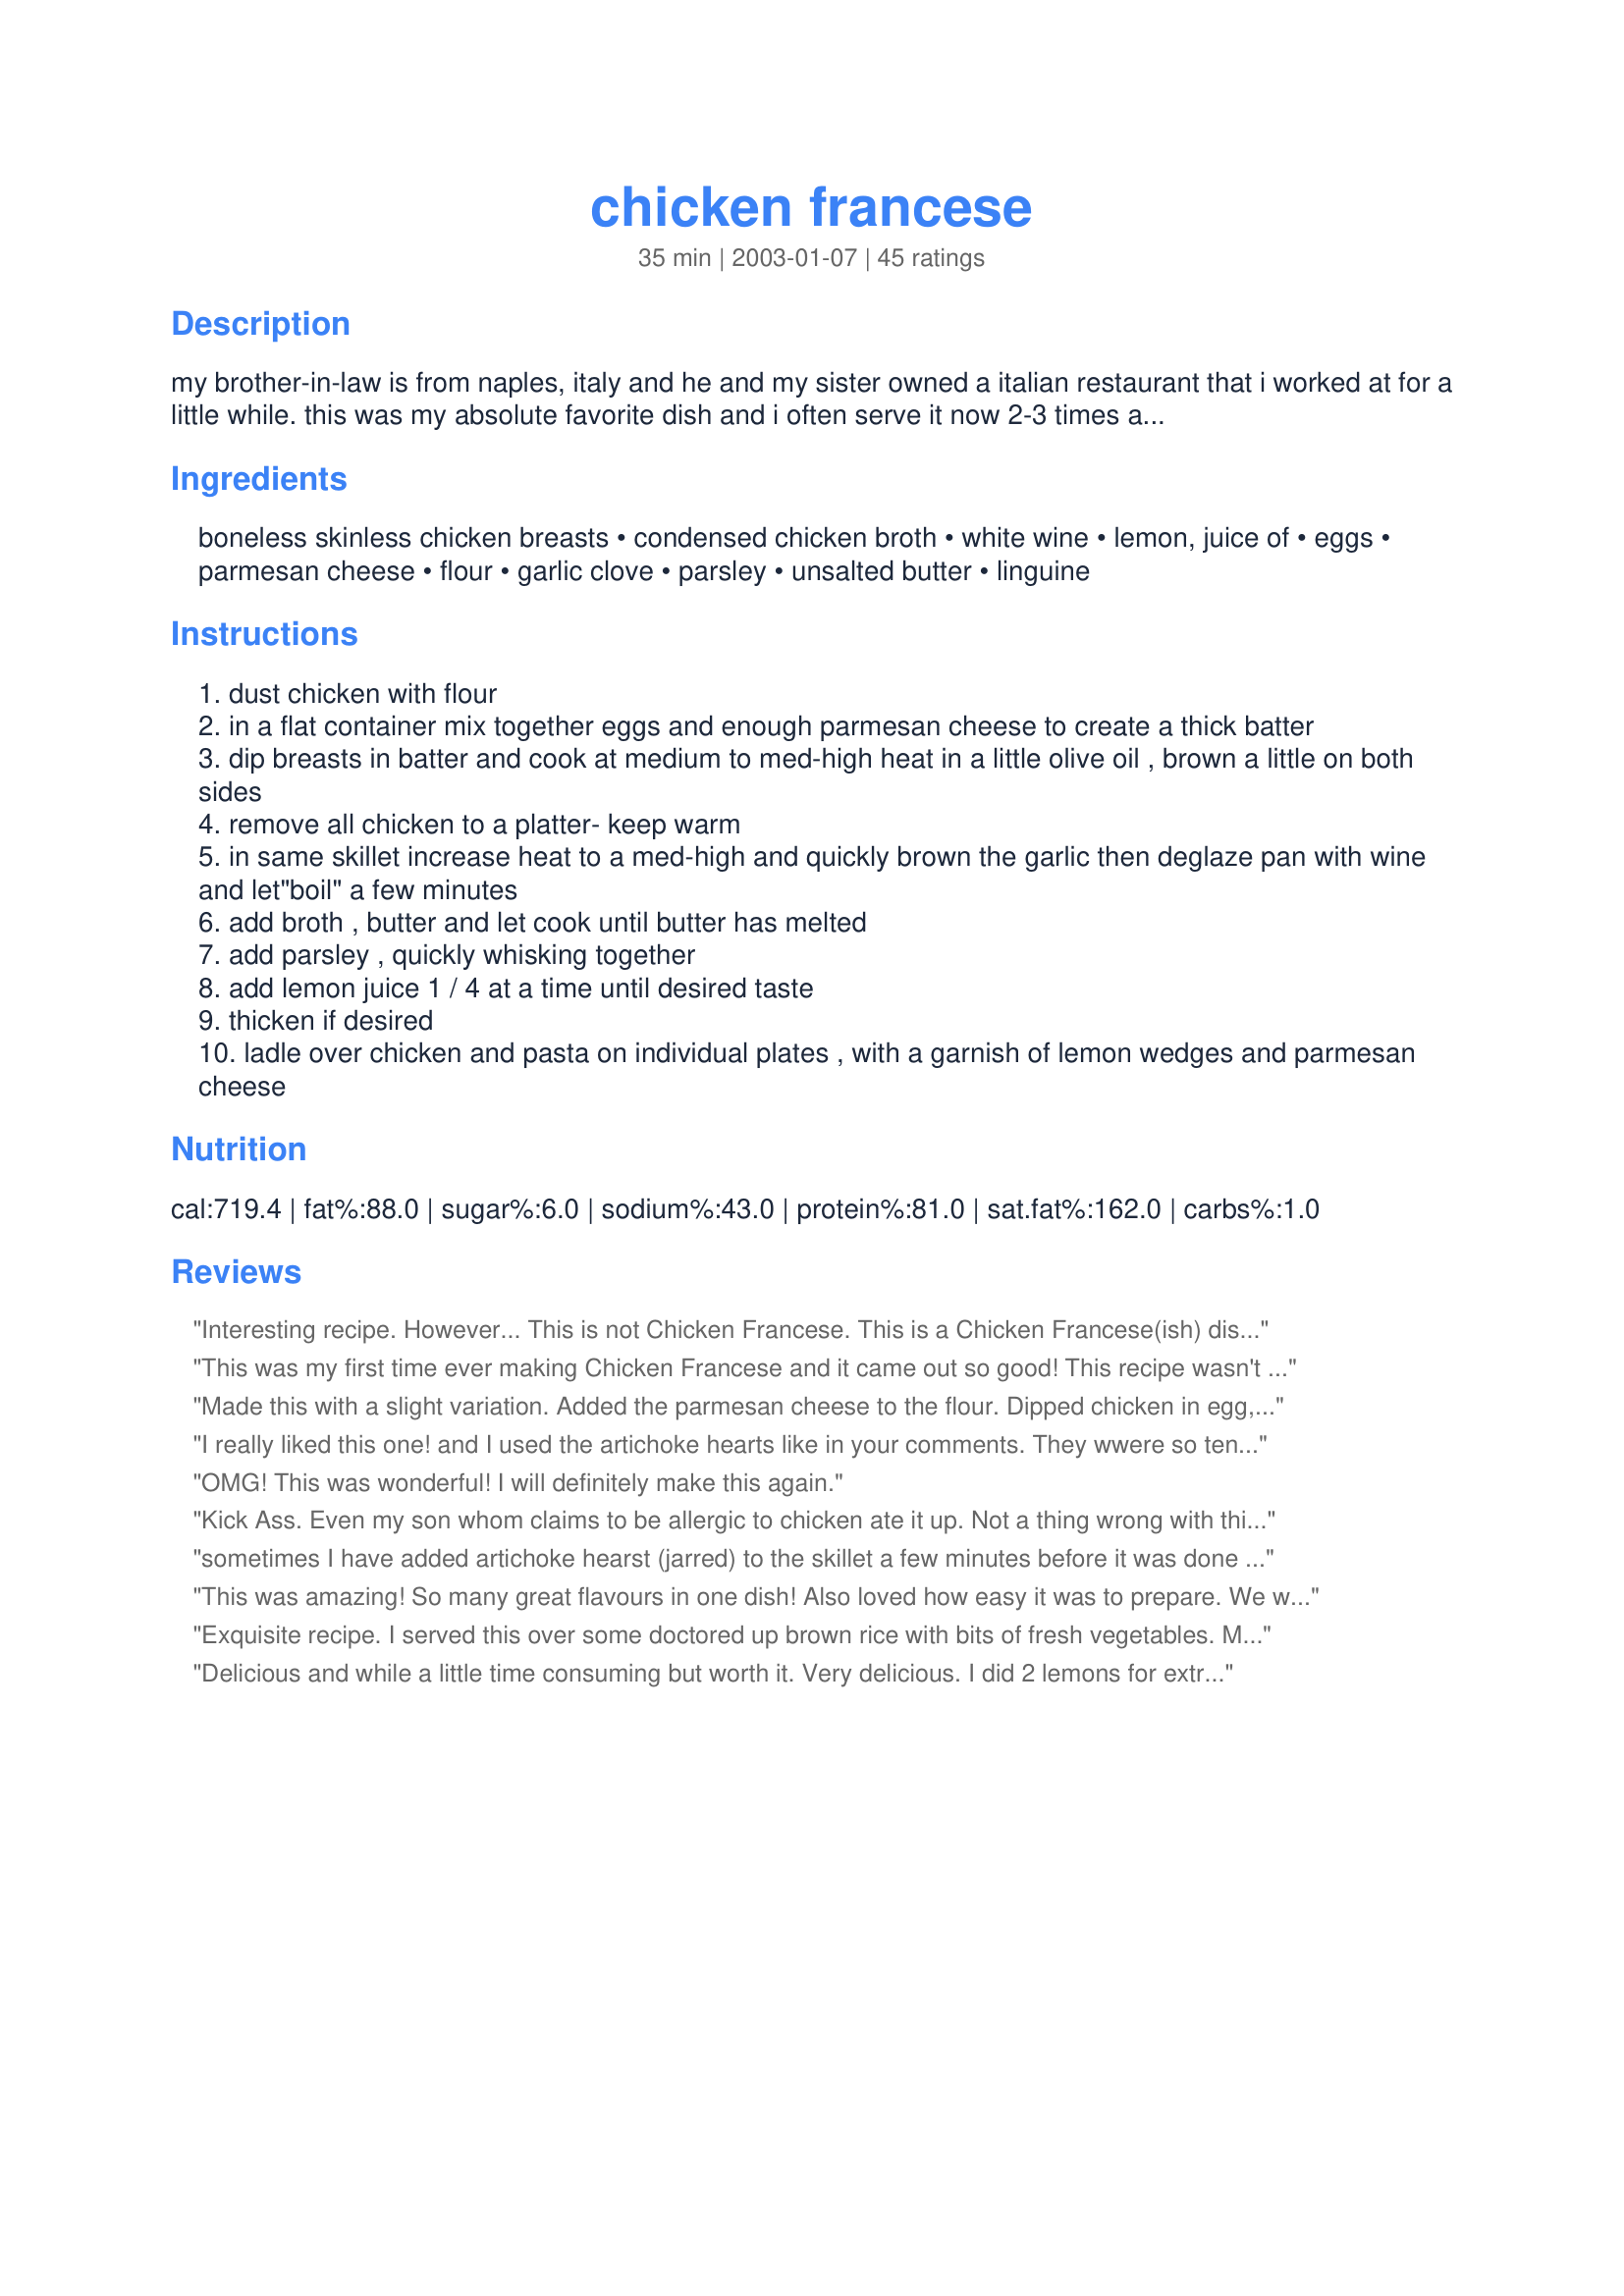
chicken francese
Preparation time: 35 minutes

my brother-in-law is from naples, italy and he and my sister owned a italian restaurant that i worked at for a little while. this was my absolute favorite dish and i often serve it now 2-3 times a month. sometimes i add artichoke hearts. when i add the artichoke hearts i use a can of quartered artichokes and drain off the brine and add at the end just long enough to heat through!

Ingredients:
boneless skinless chicken breasts, condensed chicken broth, white wine, lemon, juice of, eggs, parmesan cheese, flour, garlic clove, parsley, unsalted butter, linguine

Steps:
dust chicken with flour
in a flat container mix together eggs and enough parmesan cheese to create a thick batter
dip breasts in batter and cook at medium to med-high heat in a little olive oil , brown a little on both sides
remove all chicken to a platter- keep warm
in same skillet increase heat to a med-high and quickly brown the garlic then deglaze pan with wine and let"boil" a few minutes
add broth , butter and let cook until butter has melted
add parsley , quickly whisking together
add lemon juice 1 / 4 at a time until desired taste
thicken if desired
ladle over chicken and pasta on individual plates , with a garnish of lemon wedges and parmesan cheese

Reviews:
Interesting recipe. However... This is not Chicken Francese. This is a Chicken Francese(ish) dish. I am Italian, and my husband owned several excellent Itslian restaurants in NYC. There is no garlic or cheese in Chicken Francese. Caution on browning your garlic, as it takes on a bitter flavor when browned..better to cook it just until you can smell the perfume, then immediately add your liquids. Butter should be incorporated at the very end, so as not to split the sauce.
This was my first time ever making Chicken Francese and it came out so good! This recipe wasn't hard and yet it came out like a restaurant quality dish. I can't wait to make this again. I did thicken it up with some corn starch because my DH likes a thicker sauce. It was perfect. Thank you!
Made this with a slight variation. Added the parmesan cheese to the flour. Dipped chicken in egg, then flour/cheese mixture. Very tender. After liquids cooked, I added chicken back to pan with liquid and simmered for 5 mins while waiting for pasta to cook.
I really liked this one! and I used the artichoke hearts like in your comments. They wwere so tender! I did add extra garlic- loved the extra flavor it added. Didn't have any linguini but used vermicelli- still great though. Will have again, thanks for the recipe! Next time I might add some capers and have it in the true chicken picatta style.
OMG! This was wonderful! I will definitely make this again.
Kick Ass. Even my son whom claims to be allergic to chicken ate it up. Not a thing wrong with this recipe. Thanks!
sometimes I have added artichoke hearst (jarred) to the skillet a few minutes before it was done and MMM so good.
This was amazing! So many great flavours in one dish! Also loved how easy it was to prepare. We will definitely be having this again soon!
Exquisite recipe. I served this over some doctored up brown rice with bits of fresh vegetables. My DH and DS want me to make this " Chicky Franky " ( my DH can't pronounce it, so this is what he calls it now )at least twice a week. I wish I could give it far more than 5 stars, it's that pleasing. Thank you for sharing.
Delicious and while a little time consuming but worth it. Very delicious. I did 2 lemons for extra lemonyness :) and loved it. My young son and husband were happy as well.
Very good. Made this for a party of 25 people... Made ahead and just reheated (covered) in the oven. Added sliced lonins between layers of chicken and it looked beautiful. Tasted great. I did cut the butter to about half, still wonderful flavor. Will make again for company and family dinner!
Overall this has the potential to be a really good recipe but I found too many things wrong. Too much butter; the wine, lemon and parsley are an after taste. The butter is just too overpowering for my taste and heart. I would also just dust the chicken with flour rather than using a parmesan batter.
Delicious!!! Everyone loved it! So easy and deliccious will be making this again and again!
I love Chicken francese and this recipe is easy to make. It tasted as god as a restaurant.
This is a great recipe, I was worried it was going to be eggy but it's not. Very good and easy to make.
Wow! This was terrific. I did cut down on the butter by half, and it was still wonderful.
I used to get this dish from a restaurant in Manhattan. The place closed down and I was never able to find it with the same quality as I was used to. I just made this and it was incredible! I left out the garlic, and it was still fantastic.
Excellent recipe! Easy (or it will be after the first time when I'm not trotting back and forth to the PC for directions) great tasting and quick. DH doesn't care for anything lemon but loved this. Made extra sauce as per other reviewers and was glad I did. Made Kittencals parmesan Orzo. Great pairing. Thanks so much for posting.
This was so easy to make and delicious. I forgot to dust the chicken with flour, but it was still very good. I also added fresh mushrooms, which I loved. All you need is good crusty italian bread or baguette, to soak up the sauce.
This is a "Knock Your Socks Off" kind of recipe that is company worthy all the way! We really enjoyed this! I have added this recipe to my "Make For Company" folder, so I can impress the pants off my guests at my next dinner party!
This is quite possibly THE BEST THING I have ever made! Excellent!!! I did add some flower to thicken up the sauce a bit, but other than that changed nothing! I will never order this dish at a restaurant again since I can make it better at home!
What I love about Recipezaar is you can stumble on some really great recipes; this being one! I used pre-sliced chicken fillets. I followed the directions exactly “except” I forgot the butter in the sauce; didn’t really miss it and my arteries are thanking me. My husband wants me to add this to our regular recipe rotation!
A very tasty recipe if a little involved. Surprisingly light tasting for the amount of butter used. Also the recipe didn't state the amount of parsley or whether it should be fresh or dried. Will definitely make again.
I made this a while back and it was very good. I think I would make more sauce next time but the egg batter was just like an italian restaurant and the sauce was so yummy!
Very good. Don't tell my cardiologist how much butter it had in it, LOL! Will make again. I did thicken the sauce but, dang it forgot the mushrooms........
I made this for a party on New Year's Eve and it was a HUGE hit! This is an awesome recipe!
This was delicious. We had it with a box of Stir Fried Rice a Roni on the side. The rice together with the chicken and the sauce is heaven.
I made penne and doubled the recipe for sauce. I had 3 chicken cutlets that I sliced in t 3 pieces by removing the tenderloin first. It was delish !
Loved this and it is as good as a restaurant! Def. need to add a bit of flour to thicken the sauce.
This is fabulous! It is very much like my recipe, but I liked the flavor of the added garlic and the extra sauce that this makes. Served it with escarole and a side of linguine with garlic and oil. Next time, I will try adding the artichoke hearts. Wonderful meal! Thank you so much, Shawn.
My fave meal at Italian restaurants and this is the perfect recipe, could never get a nice batter when I tried to make before but the addition of the cheese to the egg is the secret, added some capers as I'm a caper addict. My DH loved it said better than any restaurant version - will be my next dinner party meal so easy to make. I just ate it with steamed broccoli as trying to limit the carbs and was lovely simple meal
Excellent, Excellent. I often tri-cut chicken because some folks don't like the thicker cuts. This recipe can feed alot with two chicken breast like this and the overall taste is absolutely incredible with the thinner cut or without it. I now get a request weekly from my picky wife for this amazing dish. Made as is and bless your heart Paula Deen would love you for that stick of butter. Please never stop posting, thanks a million.
It was a big hit in my family!! It was very delicious!! I did add a little bit of tapioca flour to thicken.
This was a pretty tasty recipe. I did have to make a couple of changes though. I had to substitute red wine for white, and I was out of parsley. 
I think this recipe is a keeper!

My family loved this! Next time I will add mushrooms. Thanks for a great recipe
I had this is a very nice Italian restaurant and I loved it so much that I had to come home and look for a good recipe. This was it! Tastes just like it! The restaurant thickened it just a little (it wasn't transparent), so I did too, with just 1 tsp. flour in about 4 T. water. Just pour it in a little at a time until desired thickness, although it's not supposed to be a thick sauce, just barely thickened. This will be the only recipe I use to prepare this!
Best Chicken Francese recipe... easy to make, simple ingredients yet packed with flavor! I love lemon so I added an extra squeezed lemon and wondra flour to thicken sauce... perfect
Husband says " best chicken francese!" will be making again. Next time I will double sauce for pasta.
I have made this many times. Wouldn&#039;t change a thing. My family loves it. I take the whole chicken breast and slice it across into medallions about half an inch thick. Takes up more coating so I double the batter but OMG it is good. Use Sake sometimes if I do not have white wine. Nice for older parents with bad teeth:).
I have tried numerous chicken francese recipes and this was, by far, the most flavorful of them all. Only suggestion I would make is to add some flour or cornstartch to thicken the sauce ever so slightly. A big hit with my picky eater husband.
Delicious! Everyone in the family loved it, kids included. I followed recipe exactly, except I had to use margarine (had no butter.) I thickened the sauce up quite a bit and it was rich and delicious. The chicken was very juicy and flavorful. I will be making this often, thank you so much for sharing it!
This is an AMAZING recipe. The best part about this recipe is that all the ingredients are straight from the pantry... no need to go shopping before hand. The chicken comes out juicy and moist. The sauce is great and tastes authentic. I did add a little flour to thicken the sauce. But besides that... everything was perfect. I will definitely be using this recipe again. It was quick, simple and full of flavor.
I'm from Pennsylvania and this recipe is equivelent to the way the restaraunts serve it around here. I love it! I add a little more garlic and thicken the sauce just a touch, but otherwise it is awesome as it is! After making it twice, I now have it memorized for a quick weekday meal. Try it!!
This was such a yummy dish! The only thing that went wrong for me is that I put way too much batter on the chicken when I went to brown it and the coating stuck to the pan. After that it still tasted yummy!!
This deserves 10 stars! It is show worthy and will be pulled out for my next dinner party. I paired it with angel hair pasta the lemon and wine blends so well together. My family says " make this every week!" Thank You so much for posting my new favorite.
